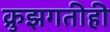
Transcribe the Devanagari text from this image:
क्रुझगतीही